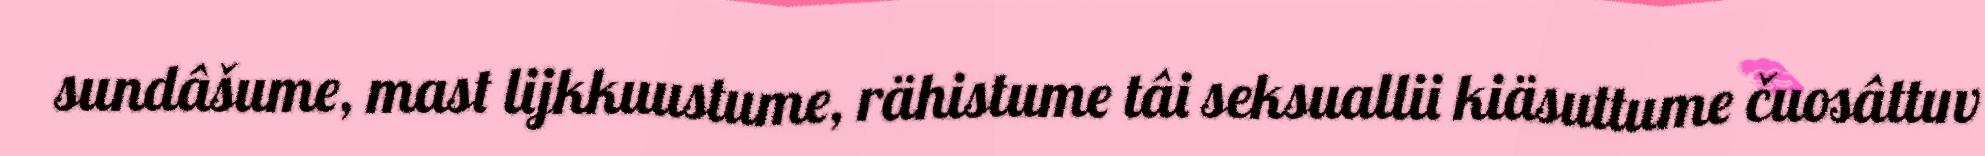
sundâšume, mast lijkkuustume, rähistume tâi seksuallii kiäsuttume čuosâttuv